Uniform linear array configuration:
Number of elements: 8
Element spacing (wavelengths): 0.5
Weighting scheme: kaiser
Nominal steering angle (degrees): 0
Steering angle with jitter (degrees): -1.27
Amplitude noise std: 0.05
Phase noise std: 0.05

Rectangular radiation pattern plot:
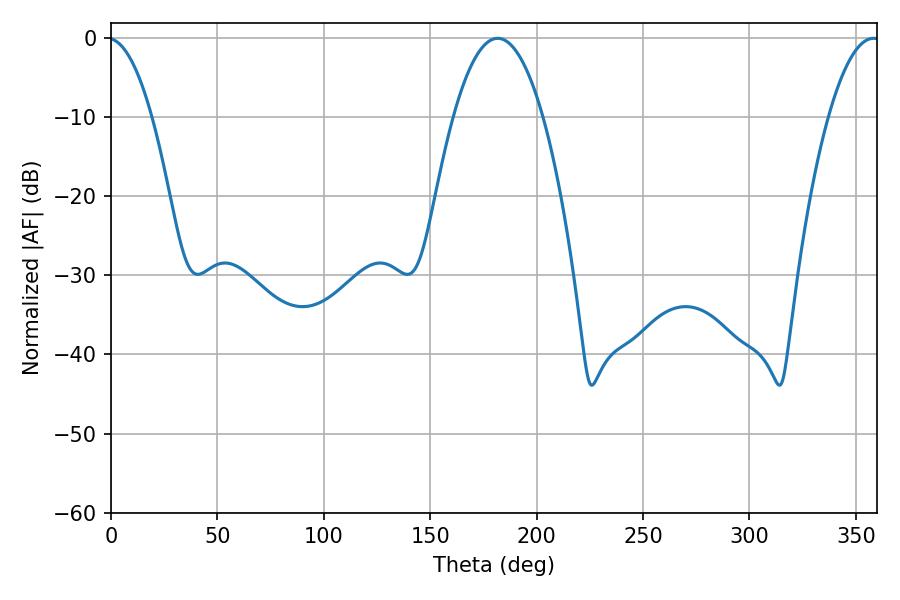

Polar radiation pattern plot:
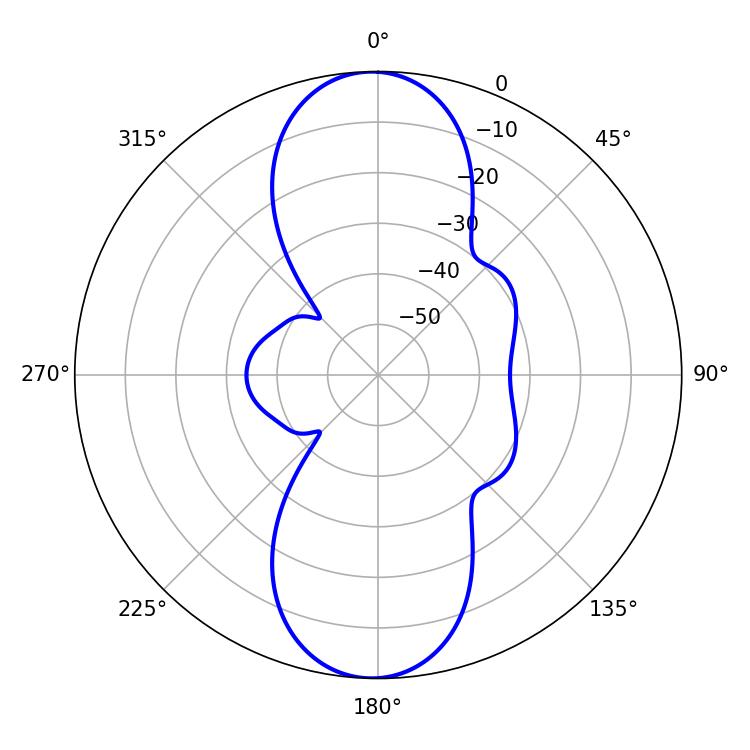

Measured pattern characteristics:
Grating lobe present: FALSE
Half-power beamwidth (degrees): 23.22
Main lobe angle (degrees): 181.62